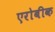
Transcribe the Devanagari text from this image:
एरोबीक